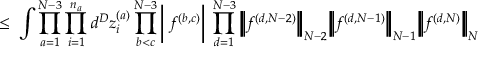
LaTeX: \leq \; \int \prod _ { a = 1 } ^ { N - 3 } \prod _ { i = 1 } ^ { n _ { a } } d ^ { D } z _ { i } ^ { ( a ) } \prod _ { b < c } ^ { N - 3 } \bigg | \; f ^ { ( b , c ) } \bigg | \; \prod _ { d = 1 } ^ { N - 3 } \Big | \! \Big | \! \Big | f ^ { ( d , N - 2 ) } \Big | \! \Big | \! \Big | _ { N - 2 } \Big | \! \Big | \! \Big | f ^ { ( d , N - 1 ) } \Big | \! \Big | \! \Big | _ { N - 1 } \Big | \! \Big | \! \Big | f ^ { ( d , N ) } \Big | \! \Big | \! \Big | _ { N }